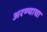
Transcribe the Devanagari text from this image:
अरण्याचा